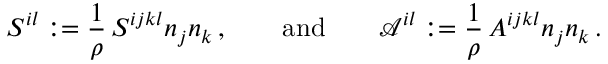
{ \cal S } ^ { i l } : = \frac 1 \rho \, S ^ { i j k l } n _ { j } n _ { k } \, , \qquad \mathrm { a n d } \qquad { \mathcal { A } } ^ { i l } : = \frac 1 \rho \, A ^ { i j k l } n _ { j } n _ { k } \, .